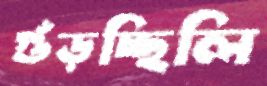
গুঁড়চ্ছিলি